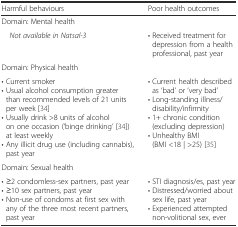
<table><thead><tr><td><b>Harmful behaviours</b></td><td><b>Poor health outcomes</b></td></tr></thead><tbody><tr><td colspan="2">Domain: Mental health</td></tr><tr><td> <i>Not available in Natsal-3</i></td><td>• Received treatment for depression from a health professional, past year</td></tr><tr><td colspan="2">Domain: Physical health</td></tr><tr><td>• Current smoker• Usual alcohol consumption greater than recommended levels of 21 units per week [34]• Usually drink &gt;8 units of alcohol on one occasion (‘binge drinking’ [34]) at least weekly• Any illicit drug use (including cannabis), past year</td><td>• Current health described as ‘bad’ or ‘very bad’• Long-standing illness/disability/infirmity• 1+ chronic condition (excluding depression)• Unhealthy BMI (BMI &lt;18 | &gt;25) [35]</td></tr><tr><td colspan="2">Domain: Sexual health</td></tr><tr><td>• ≥2 condomless-sex partners, past year• ≥10 sex partners, past year• Non-use of condoms at first sex with any of the three most recent partners, past year</td><td>• STI diagnosis/es, past year• Distressed/worried about sex life, past year• Experienced attempted non-volitional sex, ever</td></tr></tbody></table>